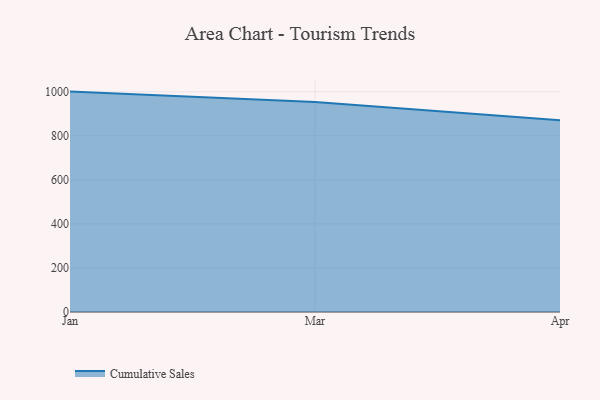
{"axis": {"x": "Month", "y": "Churn Rate (%)"}, "legend": ["Cumulative Sales"], "data": [{"x": "Jan", "y": 1000.9, "type": "Cumulative Sales"}, {"x": "Mar", "y": 953.2, "type": "Cumulative Sales"}, {"x": "Apr", "y": 870.6, "type": "Cumulative Sales"}]}